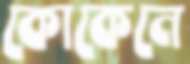
কোকেনে